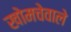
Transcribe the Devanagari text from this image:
खोमचेवाले